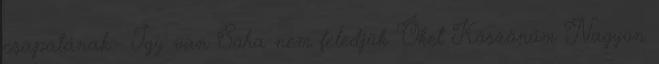
csapatának:- Így van Soha nem feledjük Őket Köszönöm Nagyon